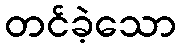
တင်ခဲ့သော